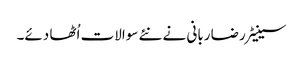
سینیٹر رضا ربانی نے نئے سوالات اُٹھا دئے۔